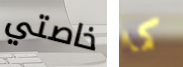
خاصتي كما